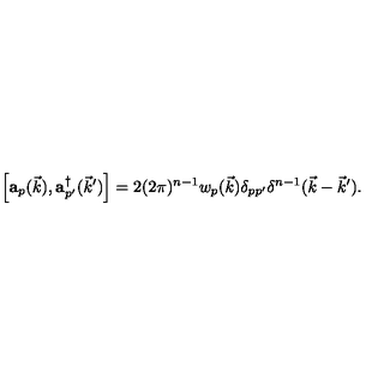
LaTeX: \Big [ { \bf a } _ { p } ( \vec { k } ) , { \bf a } _ { p ^ { \prime } } ^ { \dagger } ( { \vec { k } } ^ { \prime } ) \Big ] = 2 ( 2 \pi ) ^ { n - 1 } w _ { p } ( \vec { k } ) \delta _ { p p ^ { \prime } } \delta ^ { n - 1 } ( \vec { k } - { \vec { k } } ^ { \prime } ) .